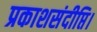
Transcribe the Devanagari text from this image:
प्रकाशसंदीप्ति।